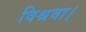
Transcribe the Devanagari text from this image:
विश्रवा।